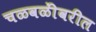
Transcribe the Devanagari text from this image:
चळवळींवरील